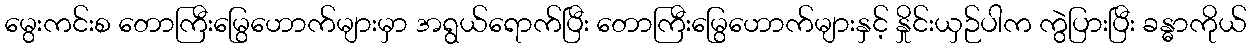
မွေးကင်းစ တောကြီးမြွေဟောက်များမှာ အရွယ်ရောက်ပြီး တောကြီးမြွေဟောက်များနှင့် နှိုင်းယှဉ်ပါက ကွဲပြားပြီး ခန္ဓာကိုယ်